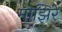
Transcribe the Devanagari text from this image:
माझिरे